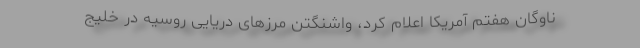
ناوگان هفتم آمریکا اعلام کرد، واشنگتن مرزهای دریایی روسیه در خلیج